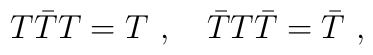
T\bar{T}T=T\,\,,\quad \bar{T}T\bar{T}=\bar{T}\,\,,